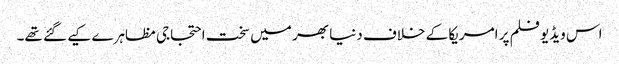
اس ویڈیو فلم پر امریکا کے خلاف دنیا بھر میں سخت احتجاجی مظاہرے کیے گئے تھے۔